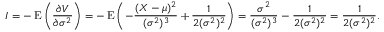
I = - \operatorname { E } \left( { \frac { \partial V } { \partial \sigma ^ { 2 } } } \right) = - \operatorname { E } \left( - { \frac { ( X - \mu ) ^ { 2 } } { ( \sigma ^ { 2 } ) ^ { 3 } } } + { \frac { 1 } { 2 ( \sigma ^ { 2 } ) ^ { 2 } } } \right) = { \frac { \sigma ^ { 2 } } { ( \sigma ^ { 2 } ) ^ { 3 } } } - { \frac { 1 } { 2 ( \sigma ^ { 2 } ) ^ { 2 } } } = { \frac { 1 } { 2 ( \sigma ^ { 2 } ) ^ { 2 } } } .